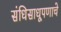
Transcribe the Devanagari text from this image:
संधिसाधूपणाचे